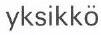
yksikkö